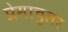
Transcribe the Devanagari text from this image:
प्रेमाचुलर